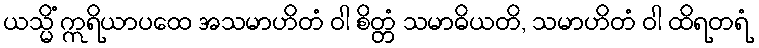
ယသ္မိံ ဣရိယာပထေ အသမာဟိတံ ဝါ စိတ္တံ သမာဓိယတိ, သမာဟိတံ ဝါ ထိရတရံ